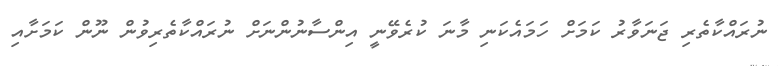
ނުރައްކާތެރި ޖަނަވާރު ކަމަށް ހަމައެކަނި މާނަ ކުރެވޭނީ އިންސާނުންނަށް ނުރައްކާތެރިވުން ނޫން ކަމަށާއި